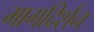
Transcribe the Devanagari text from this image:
मागदिर्शन